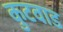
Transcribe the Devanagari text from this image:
कुटवाड